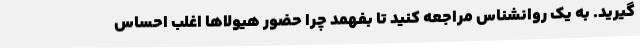
گیرید. به یک روانشناس مراجعه کنید تا بفهمد چرا حضور هیولاها اغلب احساس